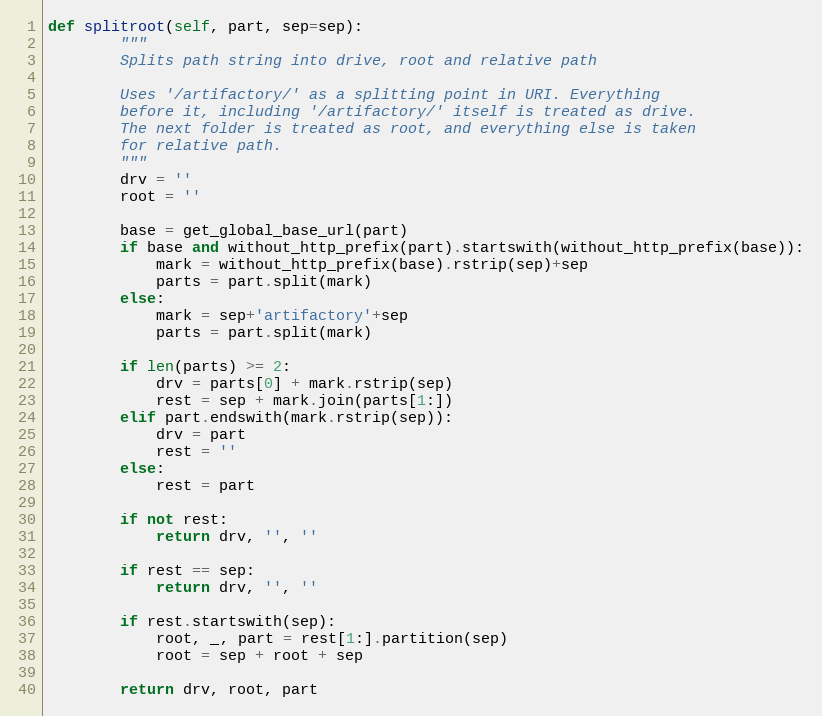
Language: Python
def splitroot(self, part, sep=sep):
        """
        Splits path string into drive, root and relative path

        Uses '/artifactory/' as a splitting point in URI. Everything
        before it, including '/artifactory/' itself is treated as drive.
        The next folder is treated as root, and everything else is taken
        for relative path.
        """
        drv = ''
        root = ''

        base = get_global_base_url(part)
        if base and without_http_prefix(part).startswith(without_http_prefix(base)):
            mark = without_http_prefix(base).rstrip(sep)+sep
            parts = part.split(mark)
        else:
            mark = sep+'artifactory'+sep
            parts = part.split(mark)

        if len(parts) >= 2:
            drv = parts[0] + mark.rstrip(sep)
            rest = sep + mark.join(parts[1:])
        elif part.endswith(mark.rstrip(sep)):
            drv = part
            rest = ''
        else:
            rest = part

        if not rest:
            return drv, '', ''

        if rest == sep:
            return drv, '', ''

        if rest.startswith(sep):
            root, _, part = rest[1:].partition(sep)
            root = sep + root + sep

        return drv, root, part